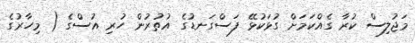
މަޖުލިސް ކުރާ ގެއްކަމަށް ގުޅަކުޅޭ ފަސްގަނޑުގެ އުތުރުން ހުރި އުސްގެ ( މިހާރުގެ